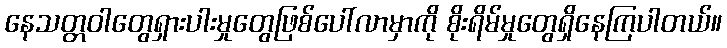
နေသတ္တဝါတွေရှားပါးမှုတွေဖြစ်ပေါ်လာမှာကို စိုးရိမ်မှုတွေရှိနေကြပါတယ်။